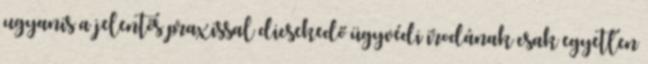
ugyanis a jelentős praxissal dicsekedő ügyvédi irodának csak egyetlen